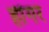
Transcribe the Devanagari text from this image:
हींगर